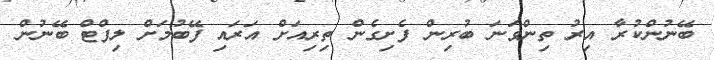
ބޭނުންކުރާ އިރު ތިންވަނަ ބުރިން ފެށިގެން ތިރިއަށް އަރައި ފޭބުމަށް ލިފްޓް ބޭނުން